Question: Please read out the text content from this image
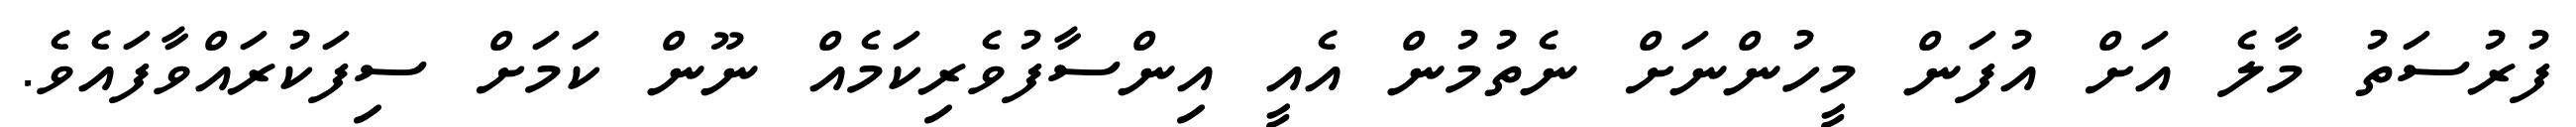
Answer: ފުރުސަތު މާލެ އަށް އުފަން މީހުންނަށް ނެތުމުން އެއީ އިންސާފުވެރިކަމެއް ނޫން ކަމަށް ސިފަކުރައްވާފައެވެ.